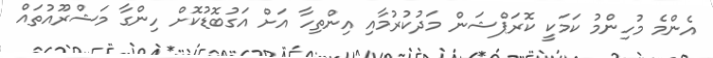
އެންމެ މުހިންމު ކަމަކީ ކޮރަޕްޝަން މަދުކުރުމާއި އިންތިހާ އަށް އަގުބޮޑުކޮށް ހިންގާ މަޝްރޫއުތައް